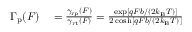
\begin{array} { r l } { \Gamma _ { \mathrm { p } } ( F ) } & { { } = \frac { \gamma _ { \mathrm { r p } } ( F ) } { \gamma _ { \mathrm { r t } } ( F ) } = \frac { \exp \left[ q F b / ( 2 k _ { \mathrm { B } } T ) \right] } { 2 \cosh \left[ q F b / ( 2 k _ { \mathrm { B } } T ) \right] } } \end{array}